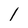
Character: l